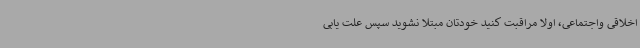
اخلاقی واجتماعی، اولا مراقبت کنید خودتان مبتلا نشوید سپس علت یابی